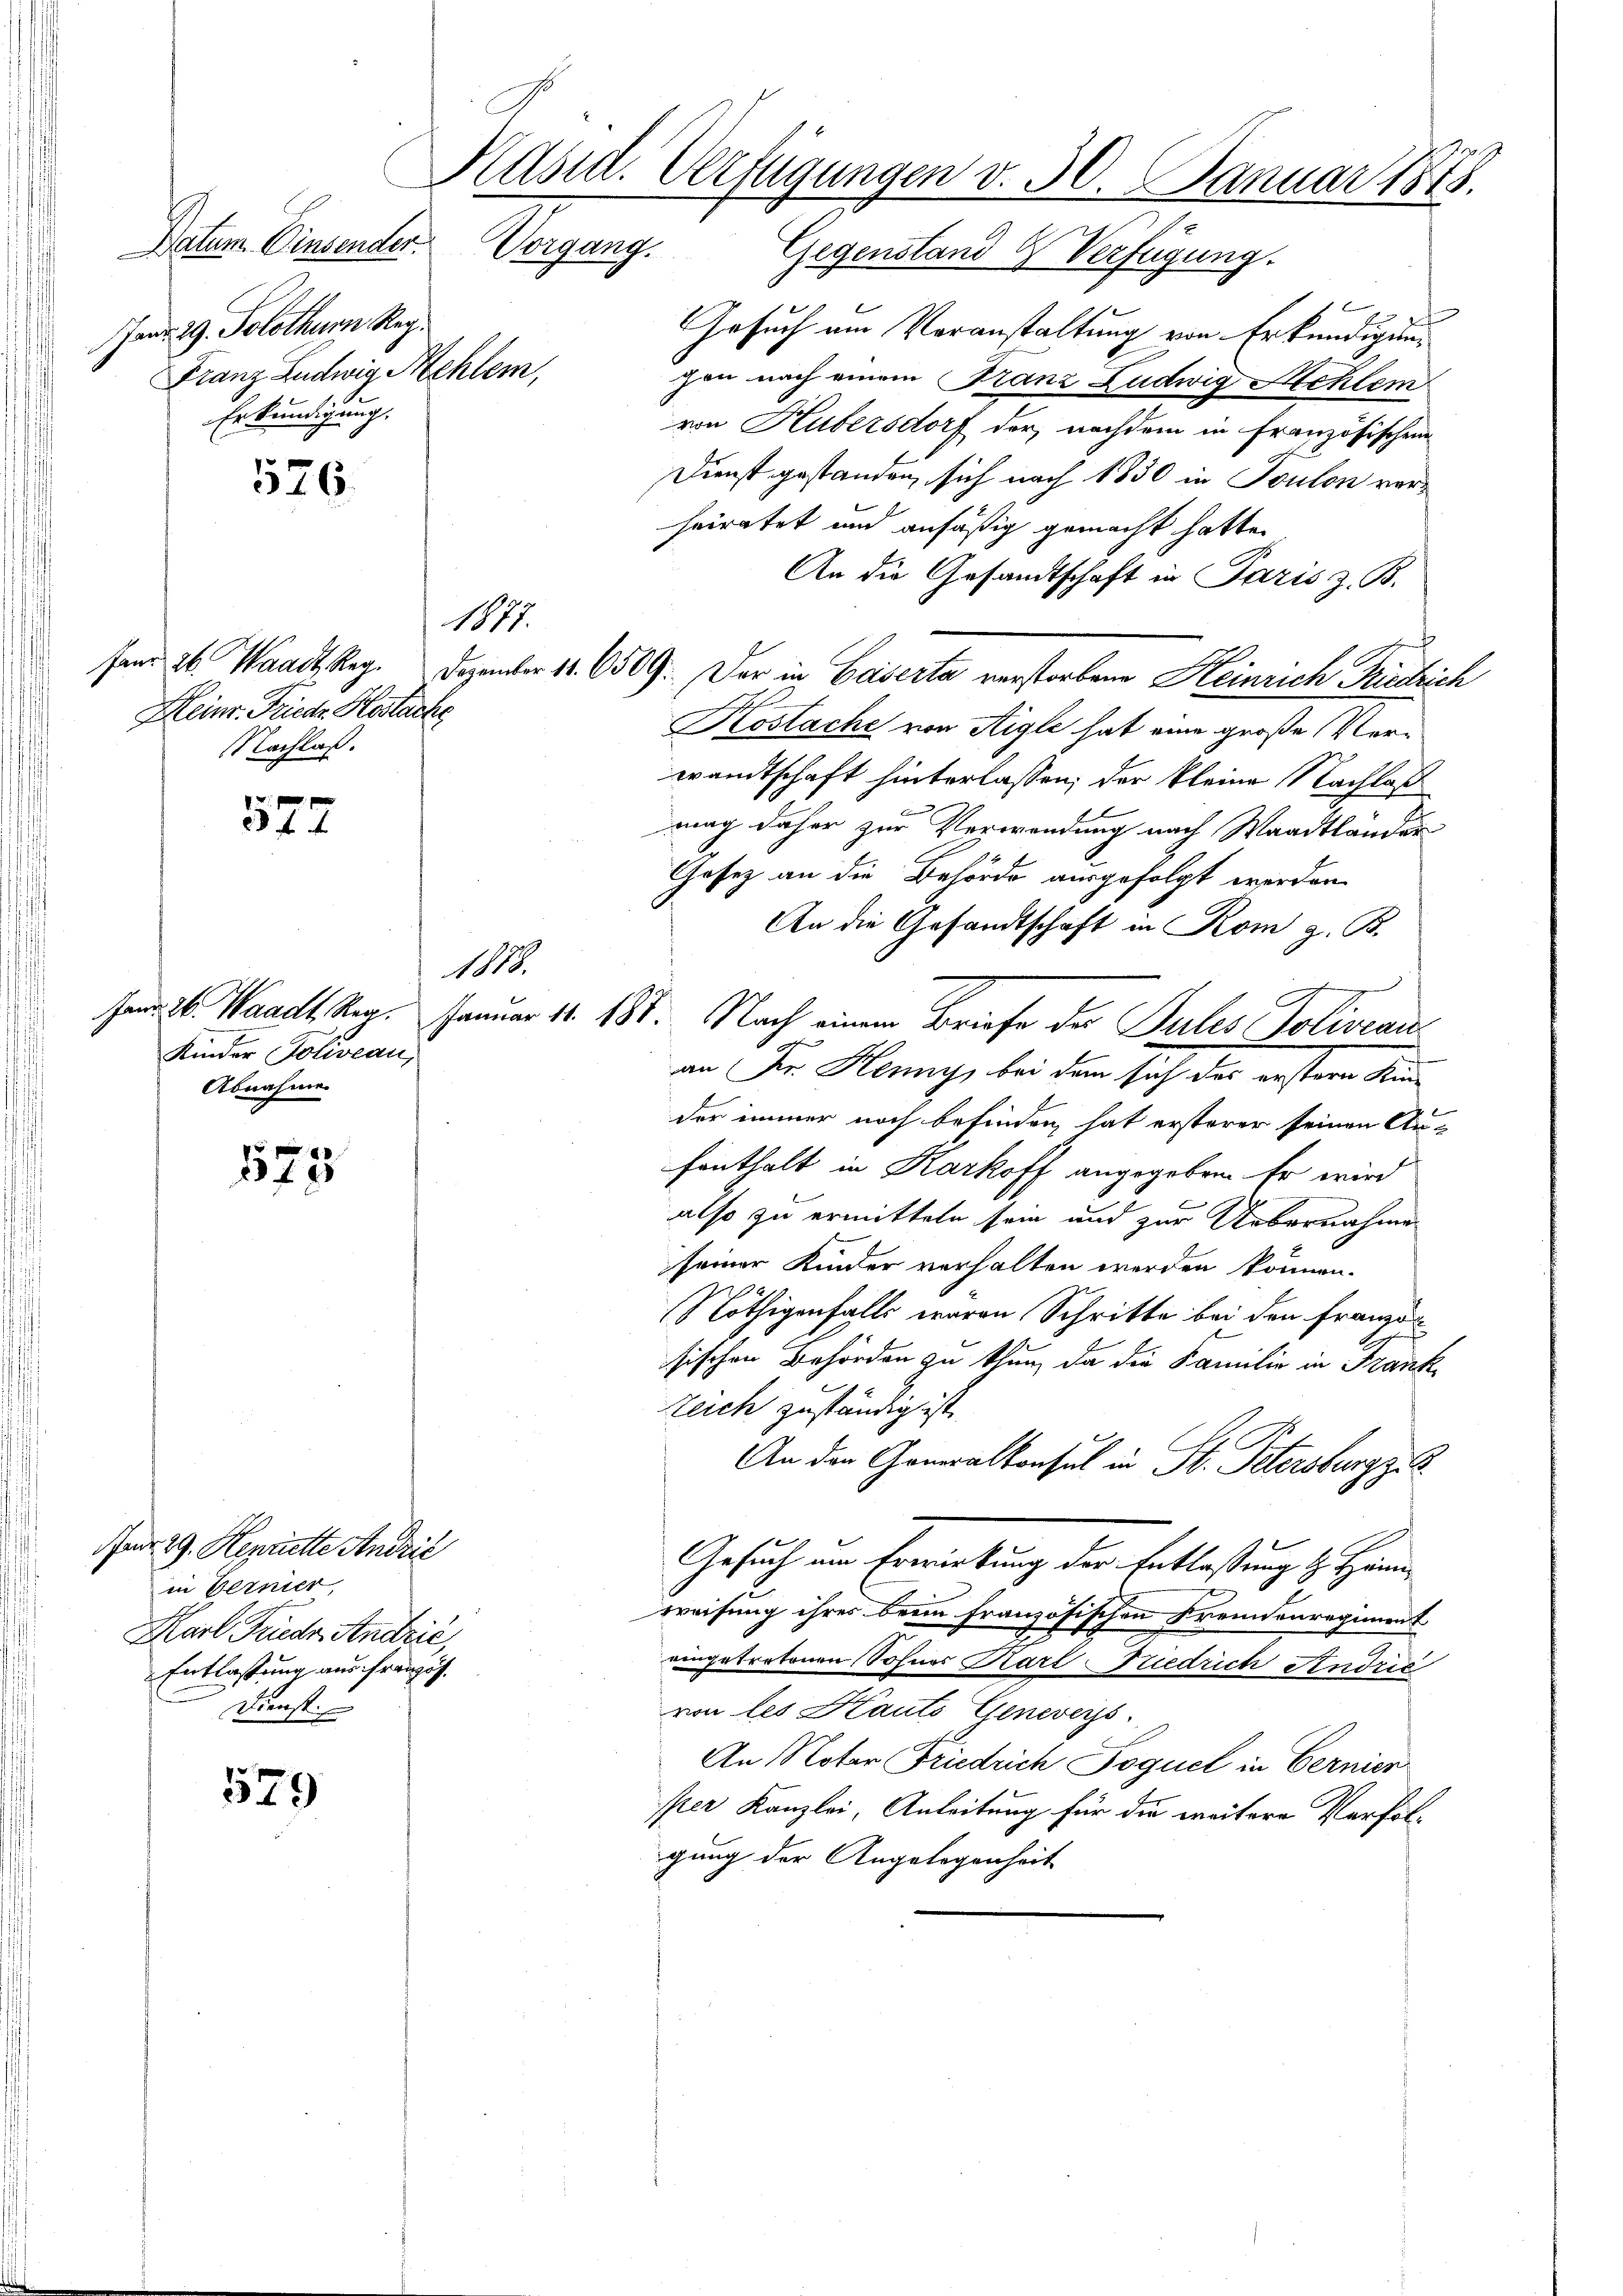
526.

Heinr. Friedr. Köstacke
Nachlaß.

527

573

aur. 29. Henritte Andrić
in Bernier,
Karl Friede Andrić,
Entlassung aus französ.
Dienst.

579

Kasid. Verfügungen v. 30. Januar 1818.
Datum. Einsender. Vorgang. Gegenstand & Verfügung.

Fenr 29. Solothur Reg.
Franz Ludwig Mehlen,
Erkundigung.

Gesuch am Voranstaltung von Erkundigung
gen nach einem Franz Ludwig Mehlem
von Hubersdorf der nachdem in französischen
Dienst gestanden, sich nach 1830 in Toulon verheiratet und ansäßig gemacht hatte.
An die Gesandtschaft in Paris z. B.
fand 26. Waadt Reg. Dezember 11. 6509. Der in Caserta verstorbene Heinrich Friedrich
Roslache von Aigle hat eine große Verwandtschaft hinterlassen; der kleine Nachlaß
mag daher zur Verwendung nach Waadtlander
Gesetz an die Behörde ausgefolgt werden.
An die Gesandtschaft in Rom z. B.
se. Waadt Reg. Januar 11. 188. Nach einem Briefe der Pules Soliveau
an der Henny, bei dem sich der erstern Au
der immer noch befinden hat ersterer seinen Anfenthalt in Karkoff angegeben. Er wird
also zu ermitteln sein und zur Uebernahme
seiner Kinder verhalten werden können.
Nöthigenfalls wären Schritte bei den Französ
sischen Behörden zu thun, da die Familie in Frank
Zeich zuständig ist.
An den Generalkonsul in St. Petersburg zu S
Gesuch um Erwerbung der Entlaßung z. Hande
wreifung ihres beim französischen Freundenregiment
eingetretenen Sohnes Karl Friedrich Andrić
von les Kauts Genevers
An Noter Friedrich Poguel in Bernier
per Kanzlei, Anleitung für die weitere Verfolgung der Angelegenheit

1877.

1878.
Kinder Poliveau,
Abnahme